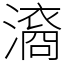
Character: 㵝